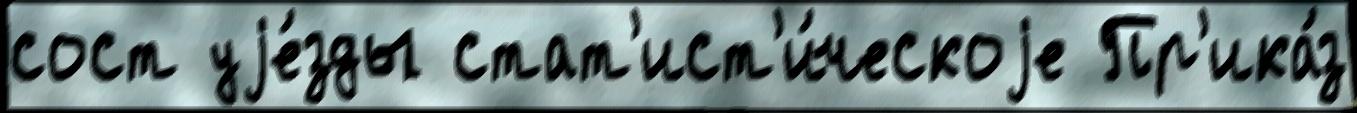
сост уjе́зды стат'ист'и́ческоjе Пр'ика́з